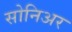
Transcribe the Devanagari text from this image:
सोनिअर